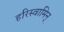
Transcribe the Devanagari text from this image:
हरिस्वामिन्